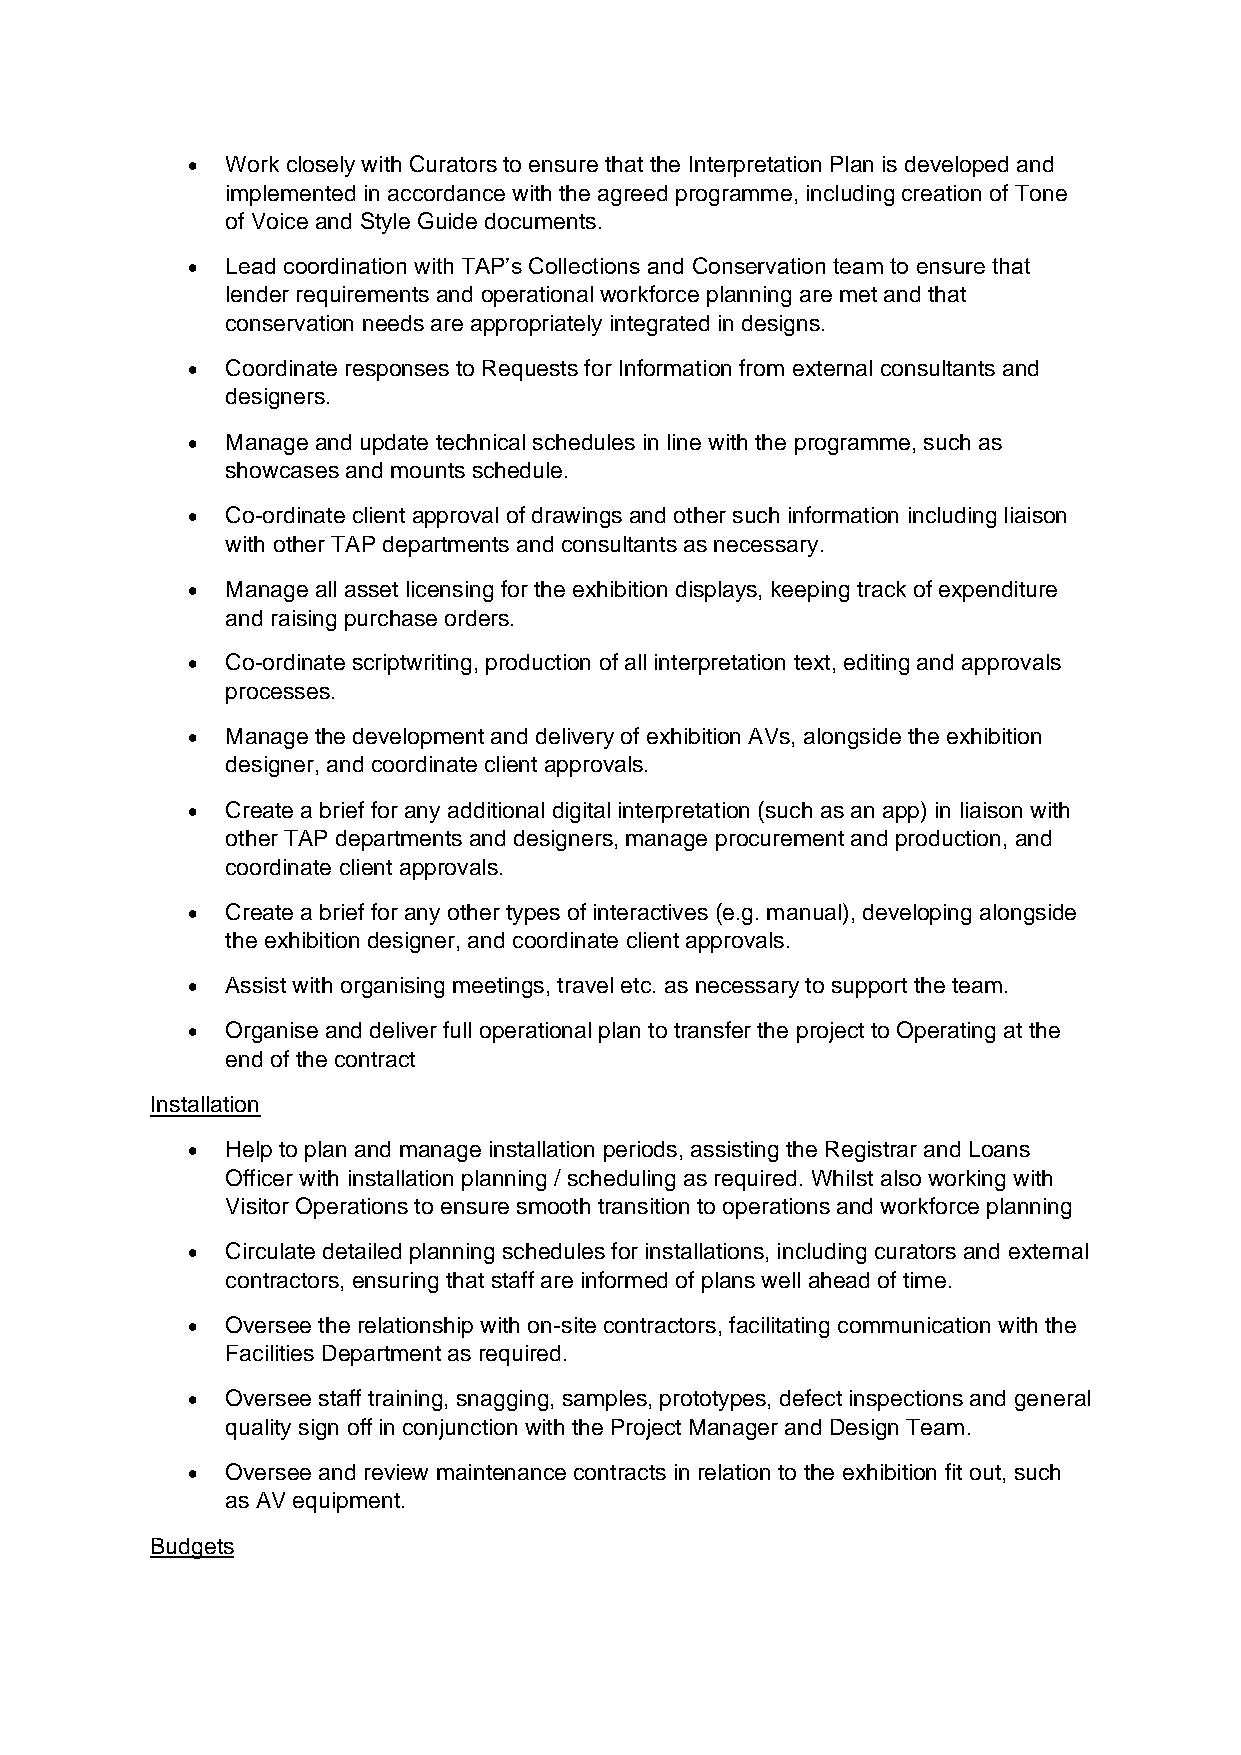
•  Work closely with Curators to ensure that the Interpretation Plan is developed and
 implemented in accordance with the agreed programme, including creation of Tone
 of Voice and Style Guide documents.
 •  Lead coordination with TAP’s Collections and Conservation team to ensure that
 lender requirements and operational workforce planning are met and that
 conservation needs are appropriately integrated in designs.
 •  Coordinate responses to Requests for Information from external consultants and
 designers.
 •  Manage and update technical schedules in line with the programme, such as
 showcases and mounts schedule.
 •  Co-ordinate client approval of drawings and other such information including liaison
 with other TAP departments and consultants as necessary.
 •  Manage all asset licensing for the exhibition displays, keeping track of expenditure
 and raising purchase orders.
 •  Co-ordinate scriptwriting, production of all interpretation text, editing and approvals
 processes.
 •  Manage the development and delivery of exhibition AVs, alongside the exhibition
 designer, and coordinate client approvals.
 •  Create a brief for any additional digital interpretation (such as an app) in liaison with
 other TAP departments and designers, manage procurement and production, and
 coordinate client approvals.
 •  Create a brief for any other types of interactives (e.g. manual), developing alongside
 the exhibition designer, and coordinate client approvals.
 •  Assist with organising meetings, travel etc. as necessary to support the team.
 •  Organise and deliver full operational plan to transfer the project to Operating at the
 end of the contract
 Installation
 •  Help to plan and manage installation periods, assisting the Registrar and Loans
 Officer with installation planning / scheduling as required. Whilst also working with
 Visitor Operations to ensure smooth transition to operations and workforce planning
 •  Circulate detailed planning schedules for installations, including curators and external
 contractors, ensuring that staff are informed of plans well ahead of time.
 •  Oversee the relationship with on-site contractors, facilitating communication with the
 Facilities Department as required.
 •  Oversee staff training, snagging, samples, prototypes, defect inspections and general
 quality sign off in conjunction with the Project Manager and Design Team.
 •  Oversee and review maintenance contracts in relation to the exhibition fit out, such
 as AV equipment.
 Budgets